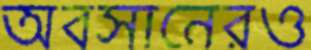
অবসানেরও